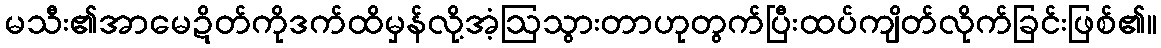
မသီး၏အာမေဍိတ်ကိုဒက်ထိမှန်လို့အံ့ဩသွားတာဟုတွက်ပြီးထပ်ကျိတ်လိုက်ခြင်းဖြစ်၏။